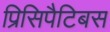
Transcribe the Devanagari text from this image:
प्रिसिपैटिबस